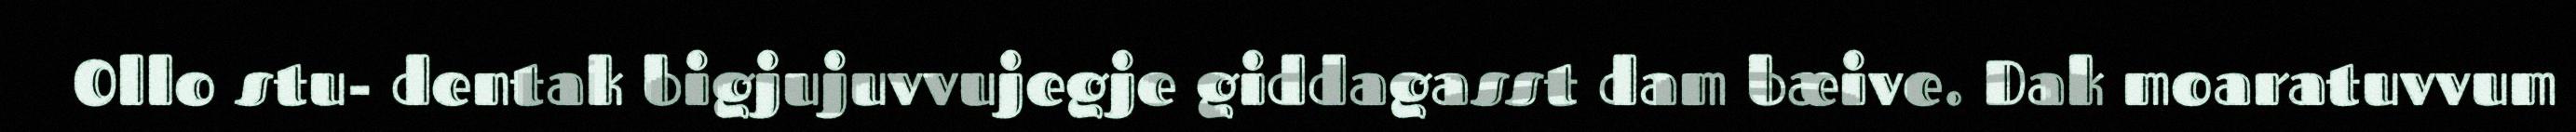
Ollo stu- dentak bigjujuvvujegje giddagasst dam bæive. Dak moaratuvvum